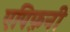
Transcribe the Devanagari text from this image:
एपिफ़नी